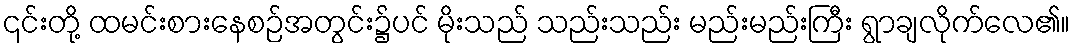
၎င်းတို့ ထမင်းစားနေစဉ်အတွင်း၌ပင် မိုးသည် သည်းသည်း မည်းမည်းကြီး ရွာချလိုက်လေ၏။